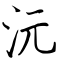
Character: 沅